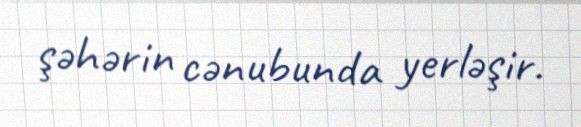
şəhərin cənubunda yerləşir.